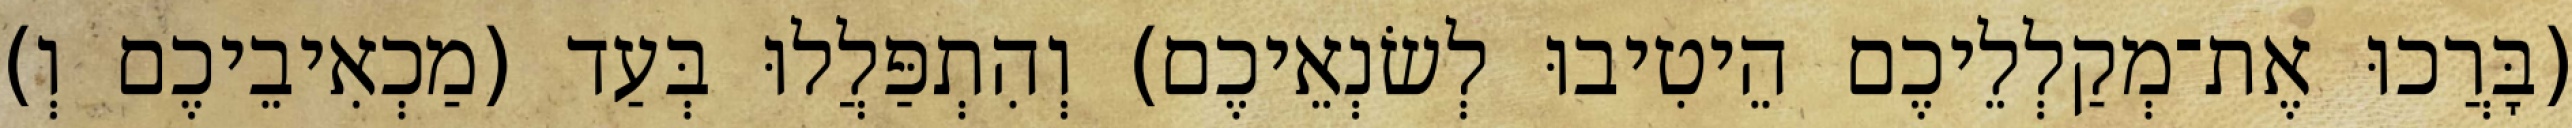
(בָּרֲכוּ אֶת־מְקַלְלֵיכֶם הֵיטִיבוּ לְשׂנְאֵיכֶם) וְהִתְפַּלֲלוּ בְּעַד (מַכְאִיבֵיכֶם וְ)